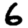
Digit: 6